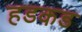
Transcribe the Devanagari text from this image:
हडकड